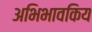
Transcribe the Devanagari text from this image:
अभिभावकिय